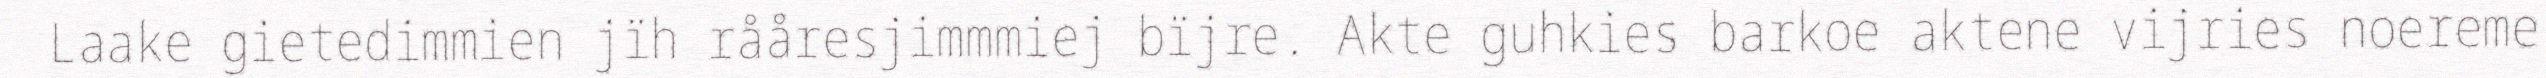
Laake gietedimmien jïh rååresjimmmiej bïjre. Akte guhkies barkoe aktene vijries noereme